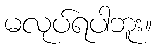
မလုပ်ရပါဘူး။